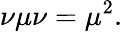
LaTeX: \nu\mu\nu=\mu^{2}.